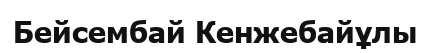
Бейсембай Кенжебайұлы